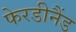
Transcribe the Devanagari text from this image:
फेरडीनैंड